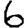
Digit: 6